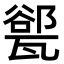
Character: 𪼾